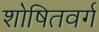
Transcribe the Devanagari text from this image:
शोषितवर्ग